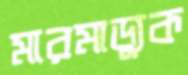
মারমাড্যুক